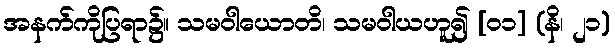
အနက်ကိုပြရာ၌။ သမဝါယောတိ၊ သမဝါယဟူ၍ [၀၁] (နိ၊ ၂၁)